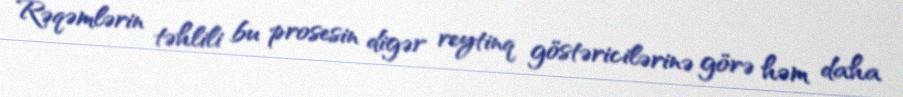
Rəqəmlərin təhlili bu prosesin digər reytinq göstəricilərinə görə həm daha